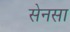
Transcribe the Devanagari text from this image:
सेनसा